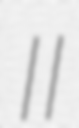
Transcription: II